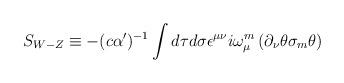
LaTeX: \begin{align*}S_{{ W-Z}} \equiv -(c\alpha ')^{-{ 1}} \int d \tau d \sigma\epsilon ^{\mu \nu } i \omega^{{ m}}_{\mu }\left( \partial _{\nu }\theta \sigma _{{ m}}\theta\right)\end{align*}